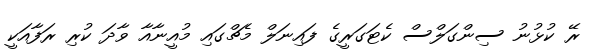
ރޭ ކުޅުނު ސިންގަލްސް ކެޓަގަރީގެ ފައިނަލް މެޗްގައި މުއީނާއާ ވާދަ ކުރި ރަފާއަކީ